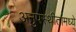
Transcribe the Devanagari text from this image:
अनुपस्थीतांमध्ये